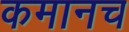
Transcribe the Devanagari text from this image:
कमानच